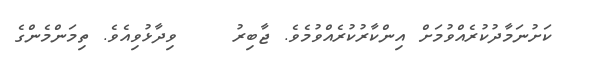
ކަށުނަމާދުކުރެއްވުމަށް އިންކާރުކުރެއްވުމެވެ. ޖާބިރު    ވިދާޅުވިއެވެ. ތިމަންމެންގެ